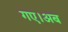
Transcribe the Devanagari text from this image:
गए।अब